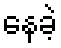
နေခဲ့